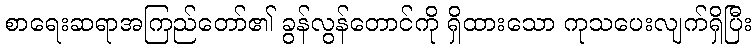
စာရေးဆရာအကြည်တော်၏ ခွန်လွန်တောင်ကို ရှိထားသော ကုသပေးလျက်ရှိပြီး